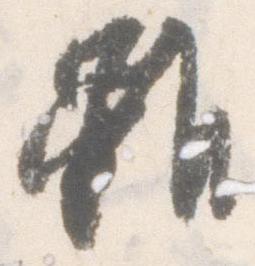
雖